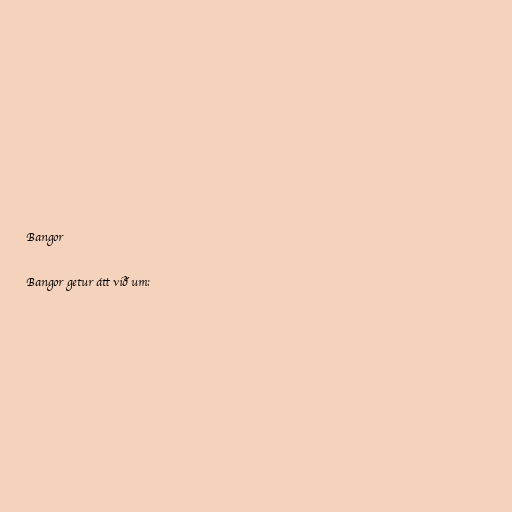
Bangor

Bangor getur átt við um: